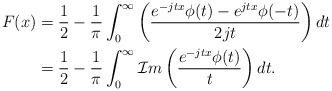
LaTeX: \begin{align*}F(x) &= \frac{1}{2} - \frac{1}{\pi} \int_{0}^{\infty} \left( \frac{e^{-jtx} \phi(t) - e^{jtx} \phi(-t)}{2jt} \right) dt \\&= \frac{1}{2} - \frac{1}{\pi} \int_{0}^{\infty} \mathcal{I}m\left( \frac{e^{-jtx} \phi(t)}{t} \right) dt.\end{align*}